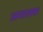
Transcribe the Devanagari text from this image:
अमालक